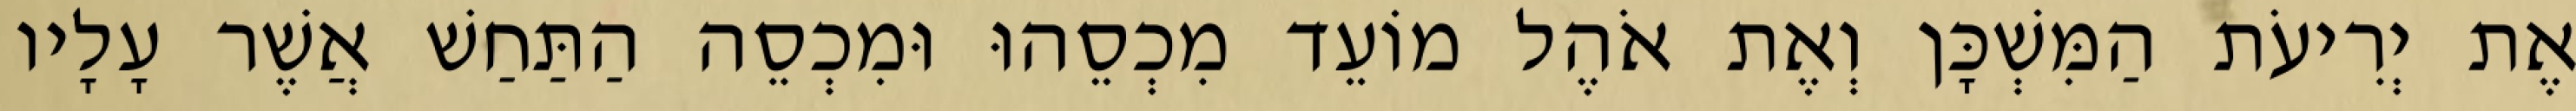
אֶת יְרִיעֹת הַמִּשְׁכָּן וְאֶת אֹהֶל מוֹעֵד מִכְסֵהוּ וּמִכְסֵה הַתַּחַשׁ אֲשֶׁר עָלָיו